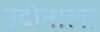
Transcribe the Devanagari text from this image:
उदोनाला